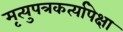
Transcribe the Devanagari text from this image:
मृत्युपत्रकर्त्यापेक्षा